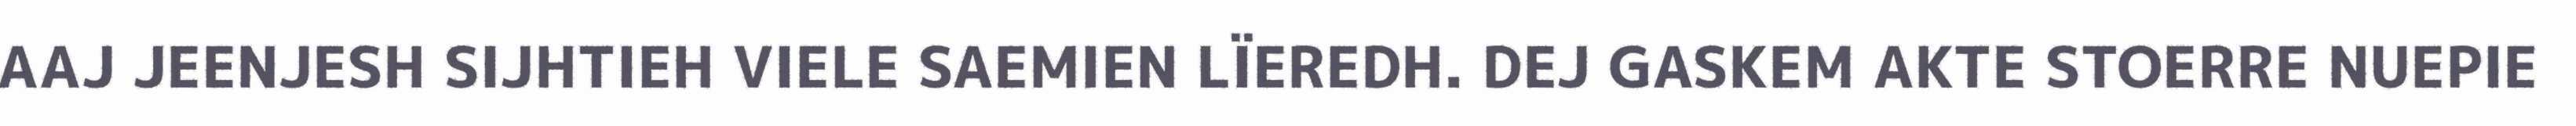
AAJ JEENJESH SIJHTIEH VIELE SAEMIEN LÏEREDH. DEJ GASKEM AKTE STOERRE NUEPIE